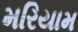
મરિયામ